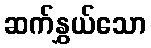
ဆက်နွှယ်သော